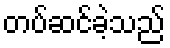
တပ်ဆင်ခဲ့သည်